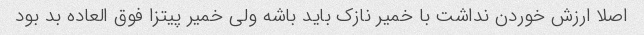
اصلا ارزش خوردن نداشت با خمیر نازک باید باشه ولی خمیر پیتزا فوق العاده بد بود